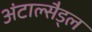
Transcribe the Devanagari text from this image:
अंटाल्सैड्ल